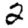
Digit: 2